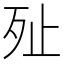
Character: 𣧐